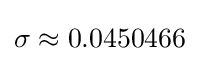
\sigma \approx 0.0450466